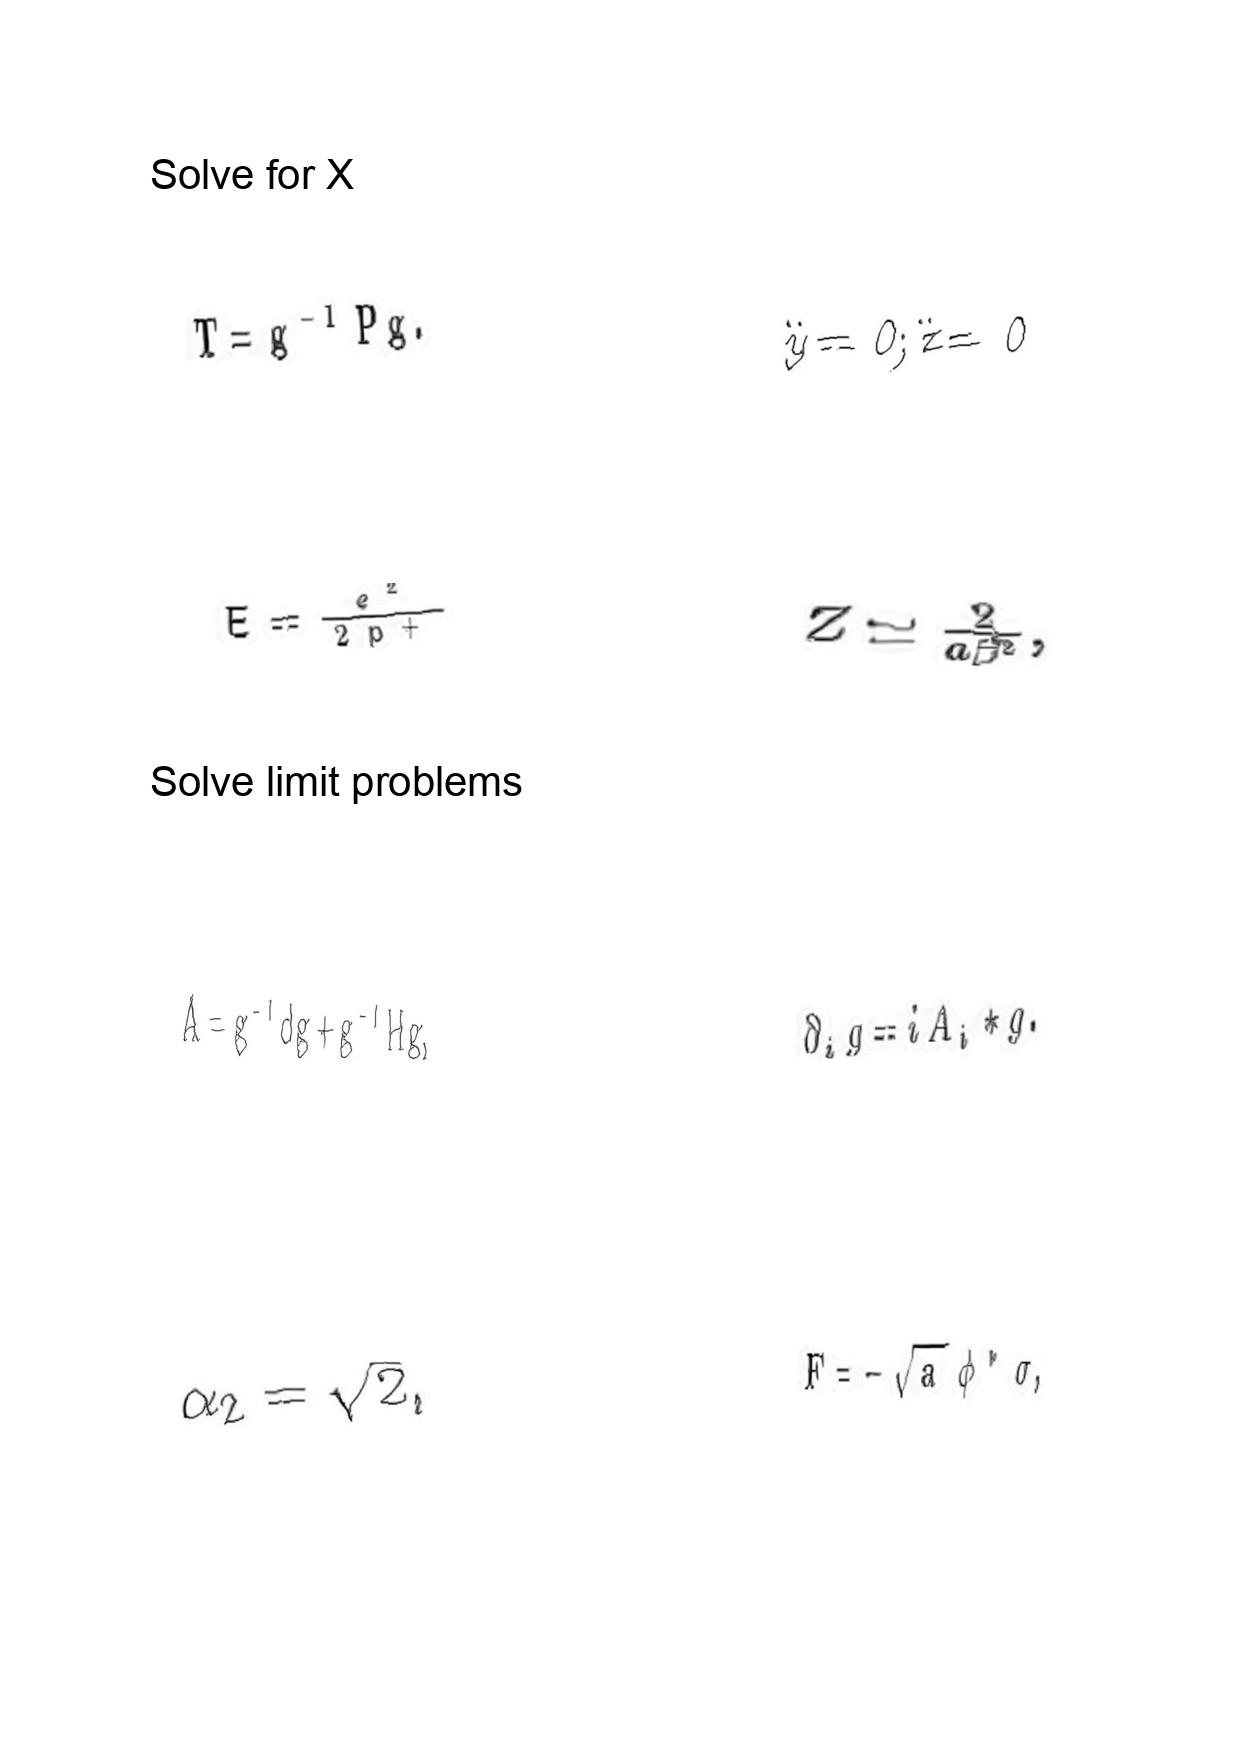
LaTeX transcription:
T = g ^ { - 1 } P g .
E = \frac { e ^ { 2 } } { 2 p ^ { + } }
A = g ^ { - 1 } d g + g ^ { - 1 } H g ,
\alpha _ { 2 } = \sqrt { 2 } ,
\ddot { y } = 0 ; \ddot { z } = 0
Z \simeq \frac { 2 } { a \beta ^ { 2 } } ,
\partial _ { i } g = i A _ { i } \ast g .
F = - \sqrt { a } \phi ^ { \ast } \sigma ,